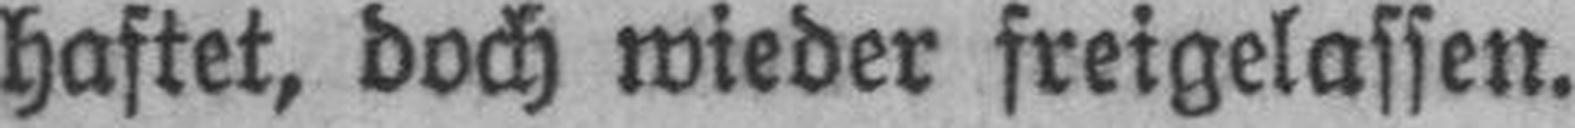
haftet, doch wieder freigelassen.